Civil Veterinary Department Bengal reports 1933-51 - 1933-1951
Year: 1933
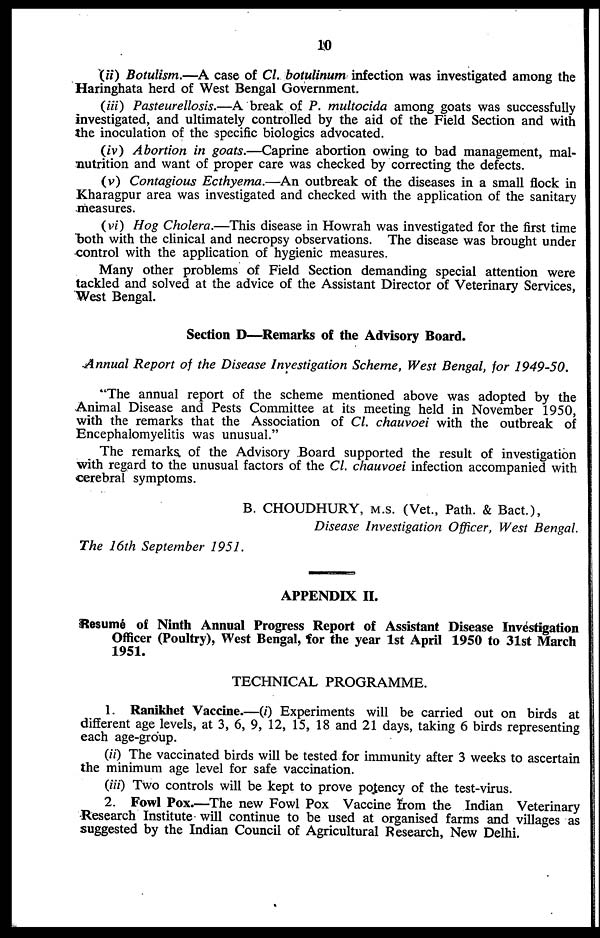
10
(ii) Botulism.—A case of Cl. botulinum infection was investigated among the
Haringhata herd of West Bengal Government.
(iii) Pasteurellosis.—A break of P. multocida among goats was successfully
investigated, and ultimately controlled by the aid of the Field Section and with
the inoculation of the specific biologics advocated.
(iv) Abortion in goats.—Caprine abortion owing to bad management, mal-
nutrition and want of proper care was checked by correcting the defects.
(v) Contagious Ecthyema.—An outbreak of the diseases in a small flock in
Kharagpur area was investigated and checked with the application of the sanitary
measures.
(vi) Hog Cholera.—This disease in Howrah was investigated for the first time
both with the clinical and necropsy observations. The disease was brought under
control with the application of hygienic measures.
Many other problems of Field Section demanding special attention were
tackled and solved at the advice of the Assistant Director of Veterinary Services,
West Bengal.
Section D—Remarks of the Advisory Board.
Annual Report of the Disease Investigation Scheme, West Bengal, for 1949-50.
"The annual report of the scheme mentioned above was adopted by the
Animal Disease and Pests Committee at its meeting held in November 1950,
with the remarks that the Association of Cl. chauvoei with the outbreak of
Encephalomyelitis was unusual."
The remarks of the Advisory Board supported the result of investigation
with regard to the unusual factors of the Cl. chauvoei infection accompanied with
cerebral symptoms.
B. CHOUDHURY, M.S. (Vet., Path. & Bact.),
Disease Investigation Officer, West Bengal.
The 16th September 1951.
APPENDIX II.
Resume of Ninth Annual Progress Report of Assistant Disease Investigation
Officer (Poultry), West Bengal, for the year 1st April 1950 to 31st March
1951.
TECHNICAL PROGRAMME.
1. Ranikhet Vaccine.—(i) Experiments will be carried out on birds at
different age levels, at 3, 6, 9, 12, 15, 18 and 21 days, taking 6 birds representing
each age-group.
(ii) The vaccinated birds will be tested for immunity after 3 weeks to ascertain
the minimum age level for safe vaccination.
(iii) Two controls will be kept to prove potency of the test-virus.
2. Fowl Pox.—The new Fowl Pox Vaccine from the Indian Veterinary
Research Institute will continue to be used at organised farms and villages as
suggested by the Indian Council of Agricultural Research, New Delhi.